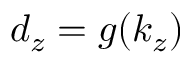
d _ { z } = g ( k _ { z } )